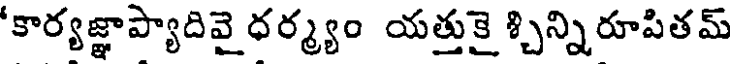
'కార్యజ్ఞాప్యాదివై ధర్మ్యం యత్తుకై శ్చిన్నిరూపితమ్